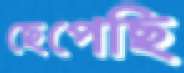
ছেপেছি